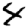
Digit: 4